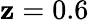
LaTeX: \mathbf{z}=0.6